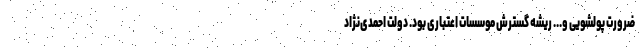
ضرورت پولشویی و... ریشه گسترش موسسات اعتباری بود. دولت احمدی‌نژاد